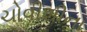
ચોવીશીના